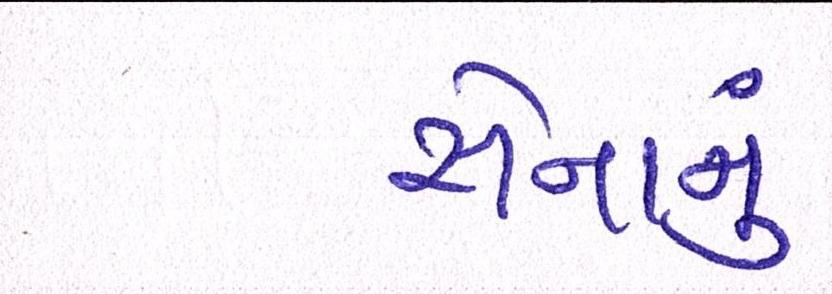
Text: સેનાનું